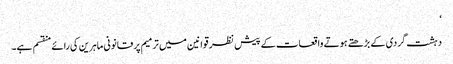
‘
دہشت گردی کے بڑھتے ہوتے واقعات کے پیش نظر قوانین میں ترمیم پر قانونی ماہرین کی رائے منقسم ہے۔